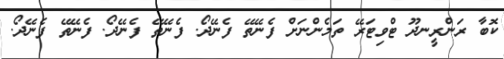
ކޮބާ ރަންރީނދޫ ޓްވިޓަރޭ ތަމެންނަށް ފެނޭތޭ ފެނޭދޯ. ފެނޭތޭ ފެނޭދޯ. ފެނޭތޭ ފެނޭދޯ.